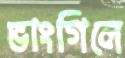
ভাংগিলে